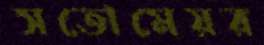
সতোমেয়র